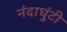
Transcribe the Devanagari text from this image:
नंदाघुंटी